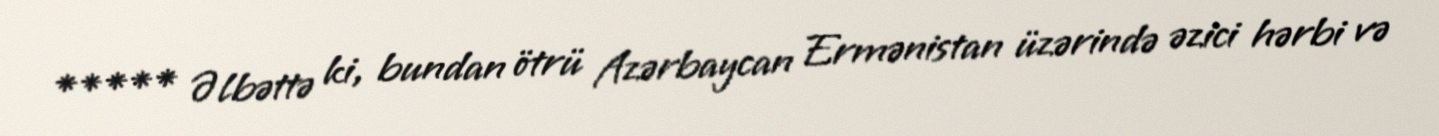
***** Əlbəttə ki, bundan ötrü Azərbaycan Ermənistan üzərində əzici hərbi və